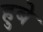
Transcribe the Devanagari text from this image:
हुबे